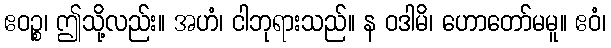
ဧဝဉ္စ၊ ဤသို့လည်း။ အဟံ၊ ငါဘုရားသည်။ န ဝဒါမိ၊ ဟောတော်မမူ။ ဧဝံ၊